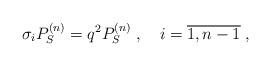
LaTeX: \begin{align*}\sigma_i P_S^{(n)}=q^2 P_S^{(n)} \;, \quad i=\overline{1,n-1} \;,\end{align*}